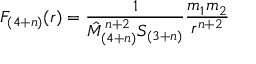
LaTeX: F _ { ( 4 + n ) } ( r ) = \frac { 1 } { \hat { M } _ { ( 4 + n ) } ^ { n + 2 } S _ { ( 3 + n ) } } \frac { m _ { 1 } m _ { 2 } } { r ^ { n + 2 } }